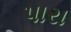
પારા